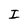
Character: I